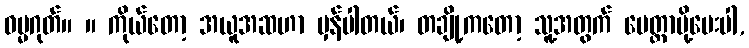
ဓမ္မဂုတ်။ ။ ကိုယ်တော့ အယူအဆဟာ မှန်ပါတယ်၊ တချို့ကတော့ သူ့အတွက် မေတ္တာပို့ပေးပါ,